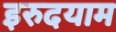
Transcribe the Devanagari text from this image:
इरुदयाम